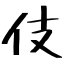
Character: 伎